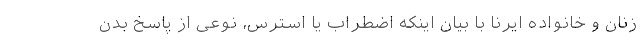
زنان و خانواده ایرنا با بیان اینکه اضطراب یا استرس، نوعی از پاسخ بدن